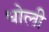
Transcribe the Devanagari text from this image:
धोली